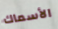
الأسماك